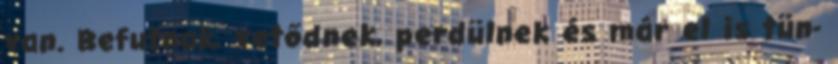
van. Befutnak, vetődnek, perdülnek és már el is tün-